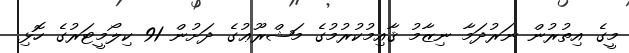
މީގެ އިތުރުން ނަރުދަމާ ނިޒާމު ޤާއިމުކުރުމުގެ މަޝްރޫޢުގެ ދަށުން 91 ކިލޯމީޓަރުގެ ހޮޅި